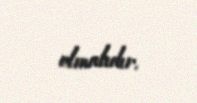
olmalıdır.